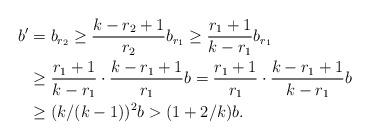
LaTeX: \begin{align*}b^\prime &=b_{r_2}\ge \frac{k-r_2+1}{r_2}b_{r_1}\ge \frac{r_1+1}{k-r_1}b_{r_1}\\&\ge \frac{r_1+1}{k-r_1}\cdot \frac{k-r_1+1}{r_1}b=\frac{r_1+1}{r_1}\cdot \frac{k-r_1+1}{k-r_1}b\\&\ge (k/(k-1))^2b>(1+2/k)b.\end{align*}